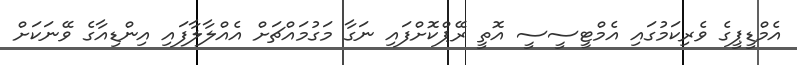
އެމްޑީޕީގެ ވެރިކަމުގައި އެމްޓީސީސީ އޮތީ ރޭޕްކޮށްފައި ނަގާ މަގުމައްޗަށް އެއްލާލާފައި އިންޑިއާގެ ވޭނަކަށް